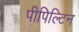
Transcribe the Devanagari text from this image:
पीपिल्टिन